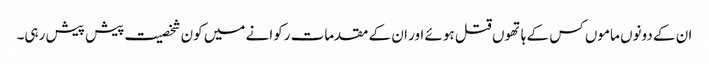
ان کے دونوں ماموں کس کے ہاتھوں قتل ہوئے اور ان کے مقدمات رکوانے میں کون شخصیت پیش پیش رہی۔